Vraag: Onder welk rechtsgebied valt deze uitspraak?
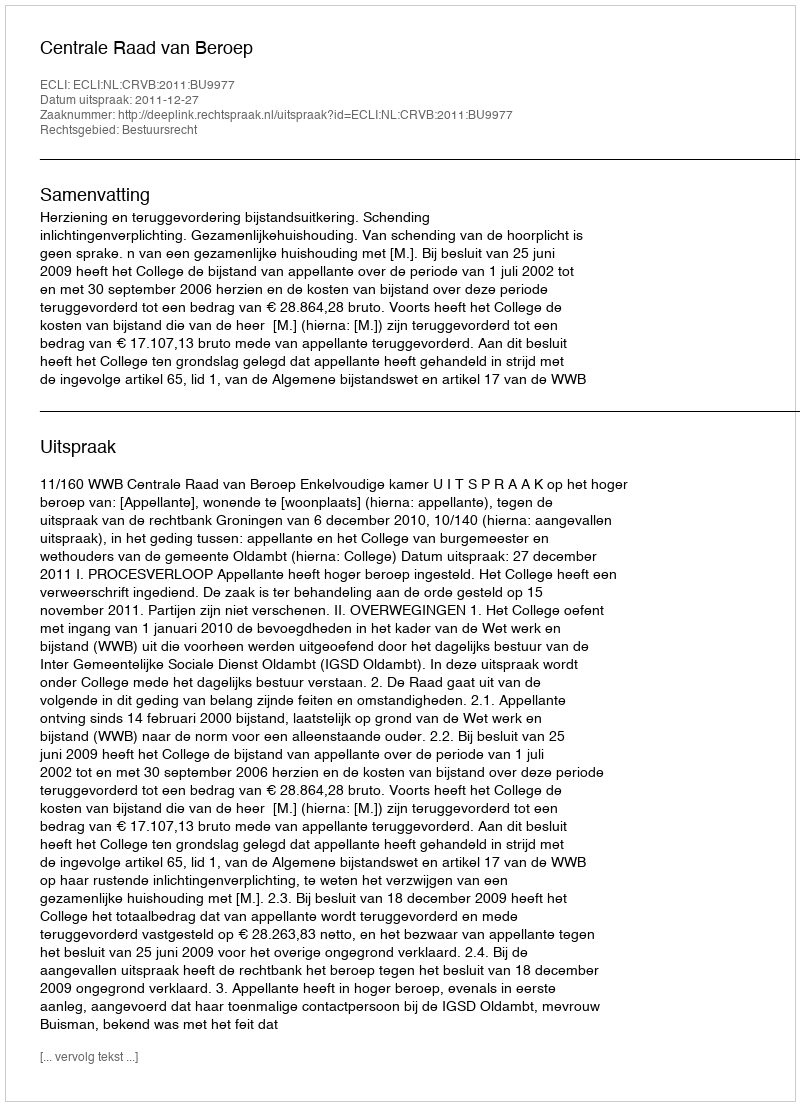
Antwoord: Bestuursrecht